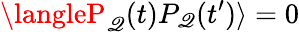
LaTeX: \langleP_{\mathscr{Q}}(t)P_{\mathscr{Q}}(t^{\prime})\rangle=0